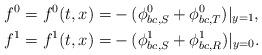
LaTeX: \begin{align*}f^0=f^0(t,x)=&-(\phi^0_{bc,S}+\phi^0_{bc,T})|_{y=1},\\f^1=f^1(t,x)=&-(\phi^1_{bc,S}+\phi^1_{bc,R})|_{y=0}.\end{align*}